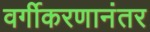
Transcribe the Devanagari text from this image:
वर्गीकरणानंतर